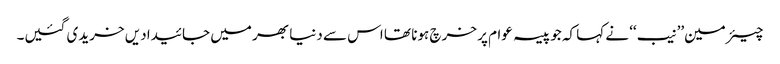
چیئرمین’’نیب‘‘ نے کہا کہ جو پیسہ عوام پر خرچ ہونا تھا اس سے دنیا بھر میں جائیدادیں خریدی گئیں۔